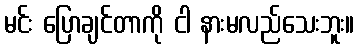
မင်း ပြောချင်တာကို ငါ နားမလည်သေးဘူး။